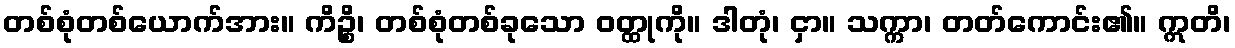
တစ်စုံတစ်ယောက်အား။ ကိဉ္စိ၊ တစ်စုံတစ်ခုသော ဝတ္ထုကို။ ဒါတုံ၊ ငှာ။ သက္ကာ၊ တတ်ကောင်း၏။ ဣတိ၊